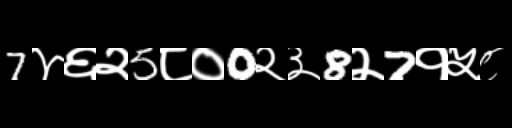
Text: 7४६२5८०0२३8२7१५८